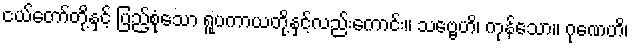
ငယ်တော်တို့နှင့် ပြည့်စုံသော ရူပကာယတို့နှင့်လည်းကောင်း။ သဗ္ဗေဟိ၊ ကုန်သော။ ဂုဏေဟိ၊